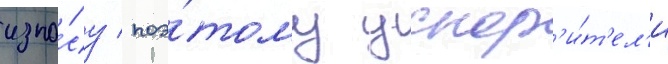
изно́су / поэ́тому ускор'и́т'ел'и